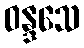
ဝန္ဒသေ